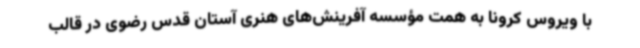
با ویروس کرونا به همت مؤسسه آفرینش‌های هنری آستان قدس رضوی در قالب